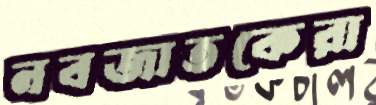
নবজাতকেরা